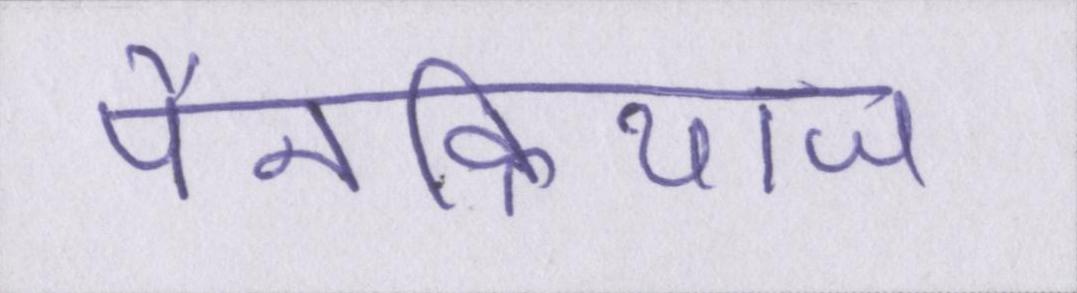
पैनक्रियाज